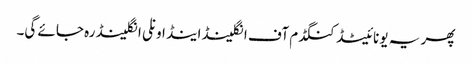
پھر یہ یونائیٹڈ کنگڈم آف انگلینڈ اینڈ اونلی انگلینڈ رہ جائے گی۔